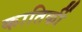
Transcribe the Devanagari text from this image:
कातिर्की